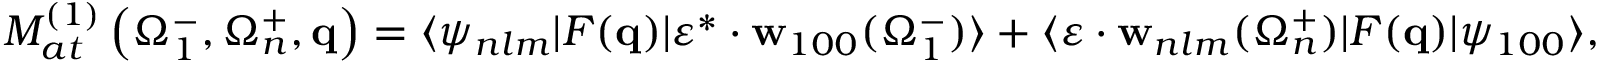
{ \cal M } _ { a t } ^ { ( 1 ) } \left( \Omega _ { 1 } ^ { - } , \Omega _ { n } ^ { + } , \mathbf { q } \right) = \langle \psi _ { n l m } | F ( \mathbf { q } ) | \boldsymbol { \varepsilon } ^ { * } \cdot { \mathbf { w } } _ { 1 0 0 } ( \Omega _ { 1 } ^ { - } ) \rangle + \langle \boldsymbol { \varepsilon } \cdot { \mathbf { w } } _ { n l m } ( \Omega _ { n } ^ { + } ) | F ( \mathbf { q } ) | \psi _ { 1 0 0 } \rangle ,